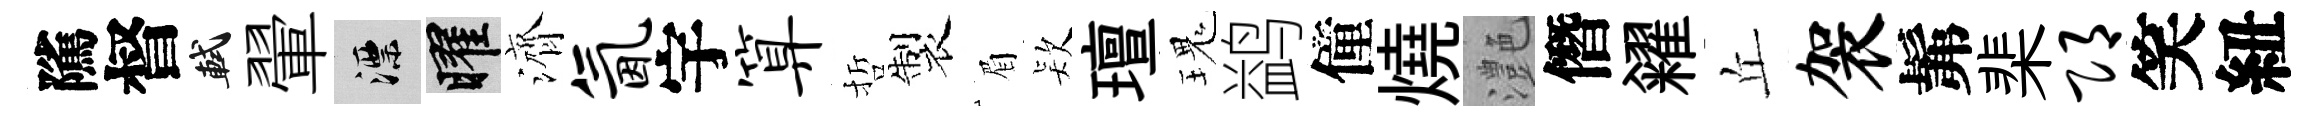
隲督軾翬漂曜濟氤宇算哲製眉𣣇璮瑰鹢僮燒灔僭糴丘袈髴棐邛笑紐